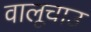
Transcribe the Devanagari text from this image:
वालूचाउ